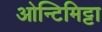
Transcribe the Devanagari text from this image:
ओन्टिमिट्टा